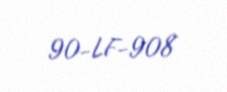
90-LF-908